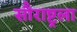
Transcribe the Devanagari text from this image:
सौराष्ट्रला